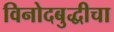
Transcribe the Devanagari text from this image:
विनोदबुद्धीचा